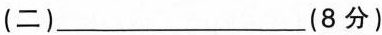
(二)___(8分)